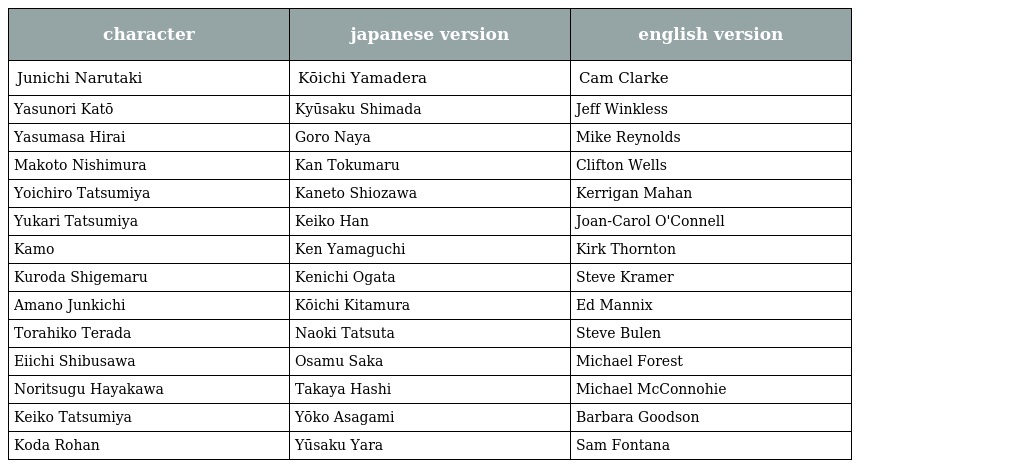
| character | japanese version | english version |
 | --- | --- | --- |
 | Junichi Narutaki | Kōichi Yamadera | Cam Clarke |
 | Yasunori Katō | Kyūsaku Shimada | Jeff Winkless |
 | Yasumasa Hirai | Goro Naya | Mike Reynolds |
 | Makoto Nishimura | Kan Tokumaru | Clifton Wells |
 | Yoichiro Tatsumiya | Kaneto Shiozawa | Kerrigan Mahan |
 | Yukari Tatsumiya | Keiko Han | Joan-Carol O'Connell |
 | Kamo | Ken Yamaguchi | Kirk Thornton |
 | Kuroda Shigemaru | Kenichi Ogata | Steve Kramer |
 | Amano Junkichi | Kōichi Kitamura | Ed Mannix |
 | Torahiko Terada | Naoki Tatsuta | Steve Bulen |
 | Eiichi Shibusawa | Osamu Saka | Michael Forest |
 | Noritsugu Hayakawa | Takaya Hashi | Michael McConnohie |
 | Keiko Tatsumiya | Yōko Asagami | Barbara Goodson |
 | Koda Rohan | Yūsaku Yara | Sam Fontana |